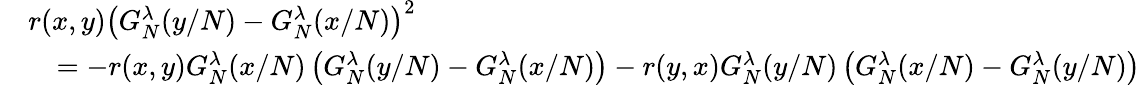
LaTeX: \begin{array}{rl}&{r(x,y)\left(G_{N}^{\lambda}(y/N)-G_{N}^{\lambda}(x/N)\right)^{2}}\\ &{\quad=-r(x,y)G_{N}^{\lambda}(x/N)\left(G_{N}^{\lambda}(y/N)-G_{N}^{\lambda}(x/N)\right)-r(y,x)G_{N}^{\lambda}(y/N)\left(G_{N}^{\lambda}(x/N)-G_{N}^{\lambda}(y/N)\right)}\end{array}